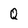
Character: Q